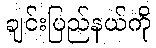
ချင်းပြည်နယ်ကို